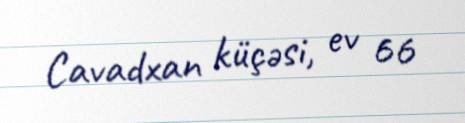
Cavadxan küçəsi, ev 66